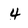
Character: 4